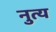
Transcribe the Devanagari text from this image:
नुत्य